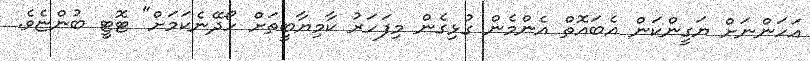
އަހަންނަށް ޔަގީންކަން އެބައޮތް އެންމެން ގުޅިގެން މިފަހަރު ކާމިޔާބީތަށް ހޯދޭނެކަމަށް" ޓޮޓީ ބުންޏެވެ.